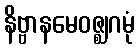
နိဗ္ဗာနမေဝဇ္ဈဂမုံ